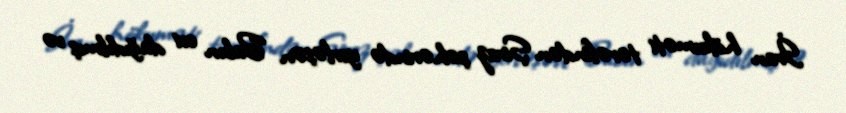
İran hökuməti tərəfindən Şiraz şəhərində yerləşən Babın evi dağıdılmış və